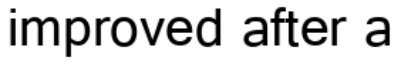
improved after a